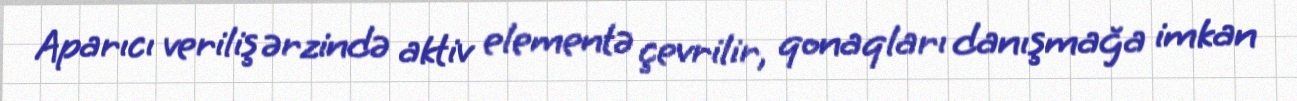
Aparıcı veriliş ərzində aktiv elementə çevrilir, qonaqları danışmağa imkan